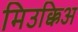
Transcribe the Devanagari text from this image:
मिउक्किअ